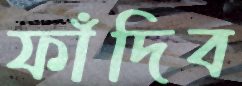
ফাঁদিব